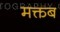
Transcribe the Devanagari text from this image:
मक्तब